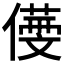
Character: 𠏒